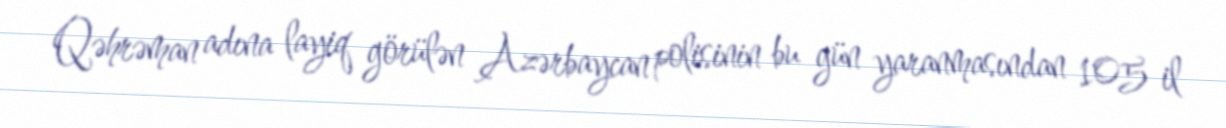
Qəhrəman adına layiq görülən Azərbaycan polisinin bu gün yaranmasından 105 il